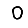
Digit: 0